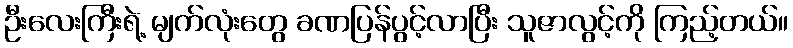
ဦးလေးကြီးရဲ့ မျက်လုံးတွေ ခဏပြန်ပွင့်လာပြီး သူဇာလွင့်ကို ကြည့်တယ်။